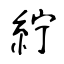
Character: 紵